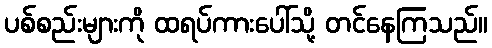
ပစ်စည်းများကို ထရပ်ကားပေါ်သို့ တင်နေကြသည်။